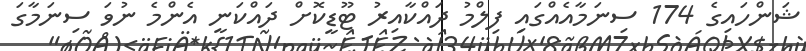
ޝަންހައިގެ 174 ސިނަމާއެއްގައި ފިލްމު ދައްކާއިރު ޓޫޑީކޮށް ދައްކަނީ އެންމެ ނުވަ ސިނަމާގަ